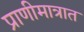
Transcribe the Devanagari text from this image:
प्राणीमात्रात